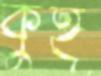
কুহূ